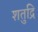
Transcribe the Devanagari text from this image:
शतुद्रि